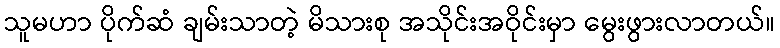
သူမဟာ ပိုက်ဆံ ချမ်းသာတဲ့ မိသားစု အသိုင်းအဝိုင်းမှာ မွေးဖွားလာတယ်။